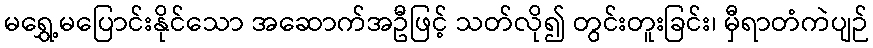
မရွှေ့မပြောင်းနိုင်သော အဆောက်အဦဖြင့် သတ်လို၍ တွင်းတူးခြင်း၊ မှီရာတံကဲပျဉ်